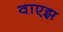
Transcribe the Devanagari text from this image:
वाएझ